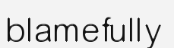
blamefully